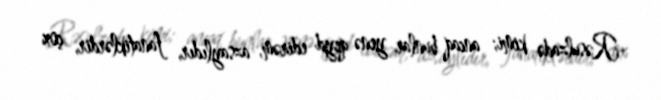
Rəsulzadə kimi; ancaq bunlar yenə qeyd edirəm, azsaylıdır, fanatiklərdir, çox